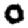
Digit: 0